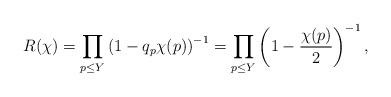
LaTeX: \begin{align*} R(\chi)=\prod_{p\leq Y} \left(1-q_p\chi(p)\right)^{-1} = \prod_{p\leq Y} \left(1-\frac{\chi(p)}{2} \right)^{-1},\end{align*}